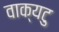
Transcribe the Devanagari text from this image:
वाक्यटु